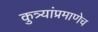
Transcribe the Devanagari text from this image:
कुत्र्यांप्रमाणेच